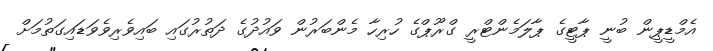
އެމްޑީޕީން ބުނީ ޕާޓީގެ ޕާލަމެންޓްރީ ގްރޫޕްގެ ހުރިހާ މެންބަރުން ވައުދުގެ ދަތުރުގައި ބައިވެރިވެވަޑައިގަތުމަށް